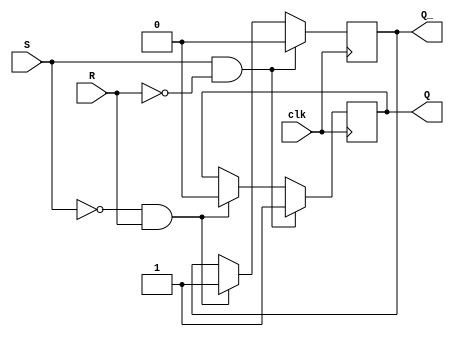
module sr_latch(
    input wire clk,
    input wire S,
    input wire R,
    output reg Q,
    output reg Q_
);

reg temp_Q;
reg temp_Q_;

always @(posedge clk) begin
    if(S && !R) begin
        temp_Q <= 1;
        temp_Q_ <= 0;
    end else if(!S && R) begin
        temp_Q <= 0;
        temp_Q_ <= 1;
    end else begin
        temp_Q <= temp_Q;
        temp_Q_ <= temp_Q_;
    end
end

assign Q = temp_Q;
assign Q_ = temp_Q_;

endmodule